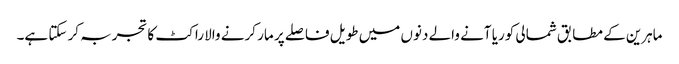
ماہرین کے مطابق شمالی کوریا آنے والے دنوں میں طویل فاصلے پر مار کرنے والا راکٹ کا تجربہ کر سکتا ہے۔